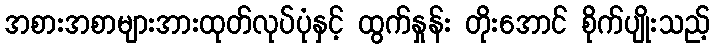
အစားအစာများအားထုတ်လုပ်ပုံနှင့် ထွက်နှုန်း တိုးအောင် စိုက်ပျိုးသည့်